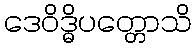
ဒေဝိဒ္ဓိပတ္တောသိ